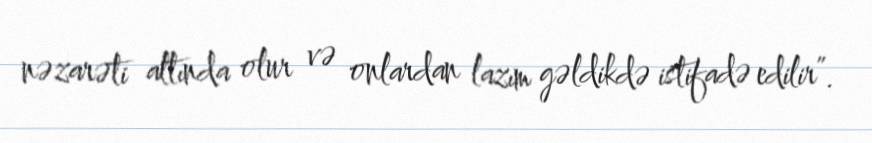
nəzarəti altında olur və onlardan lazım gəldikdə istifadə edilir”.